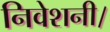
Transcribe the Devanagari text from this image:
निवेशनी।